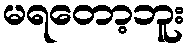
မရတော့ဘူး